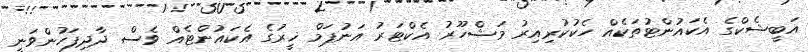
އަބީޝެކްގެ އެކައުންޓުތަކެއް ހެކުކުރިއިރު މަޝްހޫރު އެކްޓަރު އަނުޕަމް ޚީރުގެ އެކައުންޓެއް ވެސް ދާދިފަހުންވަނީ